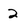
Character: 2